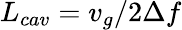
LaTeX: L_{cav}=v_{g}/2{\Delta}f